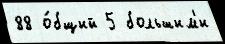
88 о́бщий 5 большим'и